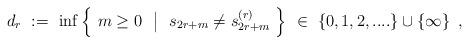
LaTeX: \begin{align*} d_{r} \ := \ \inf \left\{ \ m \geq 0 \ \ \big|\ \ s_{2 r +m} \neq {s}_{2 r +m}^{(r)} \ \right\} \ \in \ \{ 0, 1, 2, .... \} \cup \left\{\infty \right\} \ ,\end{align*}